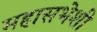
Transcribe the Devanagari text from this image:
महासभेशी